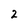
Character: 2